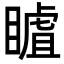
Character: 䁦